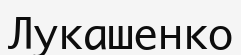
Лукашенко